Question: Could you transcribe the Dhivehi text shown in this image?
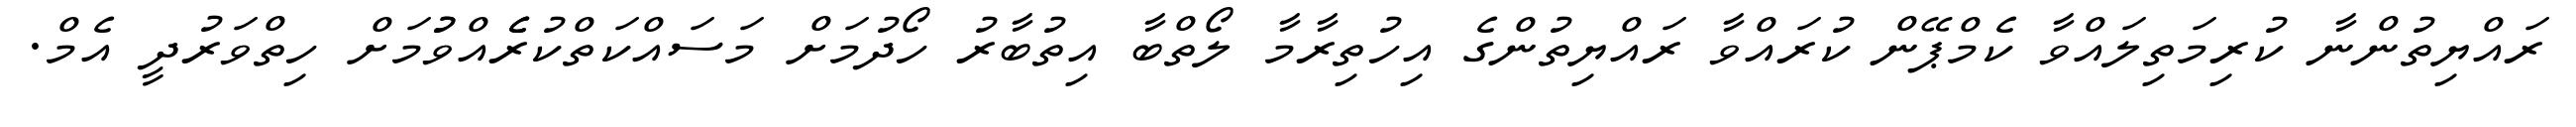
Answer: ރައްޔިތުންނާ ކުރިމަތިލައްވާ ކެމްޕޭން ކުރައްވާ ރައްޔިތުންގެ އިހުތިރާމާ ލޯތްބާ އިތުބާރު ހޯދުމަށް މަސައްކަތްކުރެެއްވުުމަށް ހިތްވަރުދީ އެމް.